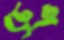
চেপ্‌